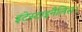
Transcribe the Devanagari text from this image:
इंटेस्टाइनैलिस।